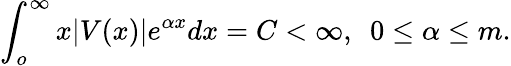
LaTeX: \int_{o}^{\infty}x|V(x)|e^{\alpha x}dx=C<\infty,~~0\leq\alpha\leq m.